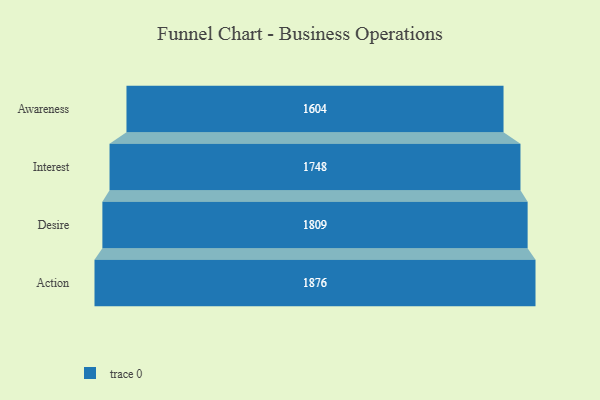
{"axis": {"x": "Stage", "y": "Value"}, "legend": [""], "data": [{"x": "Awareness", "y": 1604.0, "type": ""}, {"x": "Interest", "y": 1748.0, "type": ""}, {"x": "Desire", "y": 1809.0, "type": ""}, {"x": "Action", "y": 1876.0, "type": ""}]}